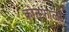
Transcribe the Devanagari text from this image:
कोनफाळी